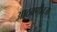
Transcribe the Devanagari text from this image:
आठवणीवजा